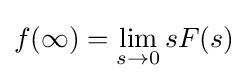
f(\infty )=\lim _{s\to 0}{sF(s)}